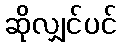
ဆိုလျှင်ပင်